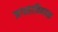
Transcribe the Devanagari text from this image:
जगताविषयक